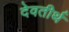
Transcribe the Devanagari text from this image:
देवतीर्थ